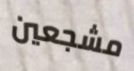
مشجعين